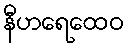
နီဟရေထေဝ